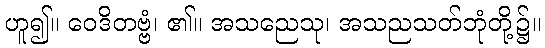
ဟူ၍။ ဝေဒိတဗ္ဗံ၊ ၏။ အသညေသု၊ အသညသတ်ဘုံတို့၌။